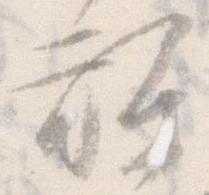
弥